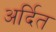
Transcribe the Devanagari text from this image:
अर्दित